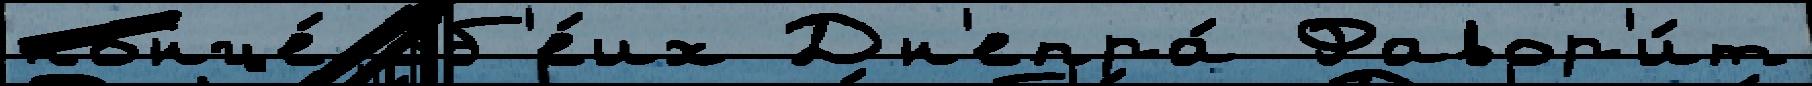
конце́ об'е́их Дн'епра́ Фавор'и́т